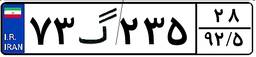
۷۳گ۲۳۵۲۸